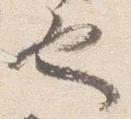
也